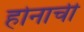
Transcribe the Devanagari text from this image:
होनाची